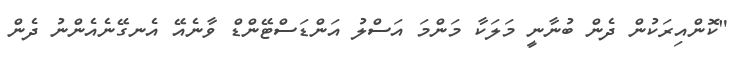
"ކޮންއިރަކުން ދެން ބުނާނީ މަލަކާ މަންމަ އަސްލު އަންޑަސްޓޭންޑް ވާނެއޭ އެނގޭނެއެންނު ދެން